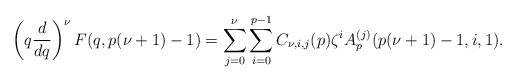
LaTeX: \begin{align*}\left(q\frac{d}{dq}\right)^\nu F(q,p(\nu+1)-1) = \sum_{j=0}^\nu \sum_{i=0}^{p-1} C_{\nu, i, j}(p)\zeta^iA_p^{(j)}(p(\nu +1)-1,i,1).\end{align*}